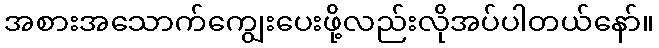
အစားအသောက်ကျွေးပေးဖို့လည်းလိုအပ်ပါတယ်နော်။